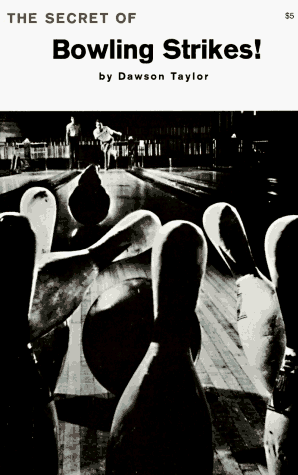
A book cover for The Secret of Bowling Strikes; Dawson Taylor; Sports & Outdoors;